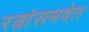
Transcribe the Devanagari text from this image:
रत्नांसमवेत